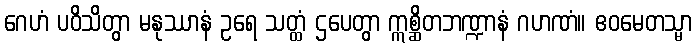
ဂေဟံ ပဝိသိတွာ မနုဿာနံ ဥရေ သတ္ထံ ဌပေတွာ ဣစ္ဆိတဘဏ္ဍာနံ ဂဟဏံ။ ဧဝမေတသ္မာ